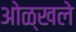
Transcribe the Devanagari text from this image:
ओळ्खले